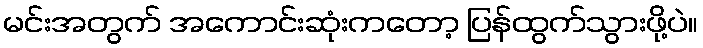
မင်းအတွက် အကောင်းဆုံးကတော့ ပြန်ထွက်သွားဖို့ပဲ။